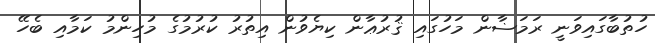
ހުތުބާގައިވަނީ ރަމަޟާން މަހުގައި ޤުރުޢާން ކިޔެވުން އިތުރު ކުރުމުގެ މުހިންމު ކަމާއި ބެހޭ